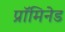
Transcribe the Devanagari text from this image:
प्रॉमिनेड